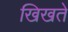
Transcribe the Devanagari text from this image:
खिखते